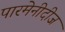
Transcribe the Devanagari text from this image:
पारमेनीदीज